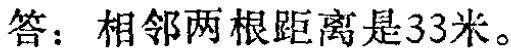
答：相邻两根距离是33米。